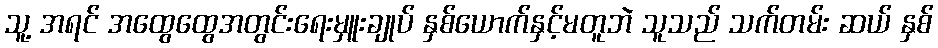
သူ့ အရင် အထွေထွေအတွင်းရေးမှူးချုပ် နှစ်ယောက်နှင့်မတူဘဲ သူသည် သက်တမ်း ဆယ် နှစ်